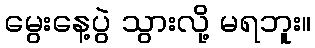
မွေးနေ့ပွဲ သွားလို့ မရဘူး။